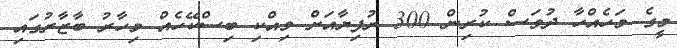
މީގެ މަހެއްހާ ދުވަސް ކުރިން 300 ރުފިޔާއަށް ވިއްކި ބިސްކޭހެއް މިހާރު ބާޒާރުގައި